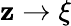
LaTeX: \mathbf{z}\rightarrow\xi